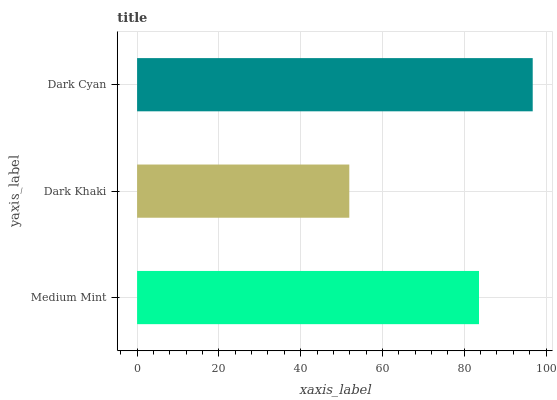
| yaxis_label | bars |
 | --- | --- |
 | Medium Mint | 83.6 |
 | Dark Khaki | 51.9 |
 | Dark Cyan | 96.7 |